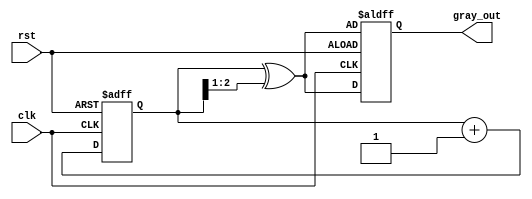
module gray_code_counter #(parameter N = 3) (
    input wire clk,
    input wire rst,
    output reg [N-1:0] gray_out
);
    
    // Binary counter register
    reg [N-1:0] binary_count;

    // Convert binary count to Gray code
    function [N-1:0] binary_to_gray(input [N-1:0] binary);
        begin
            binary_to_gray = binary ^ (binary >> 1);
        end
    endfunction

    // Always block for the Gray code counter
    always @(posedge clk or posedge rst) begin
        if (rst) begin
            binary_count <= 0; // Initialize binary count to 0 on reset
            gray_out <= binary_to_gray(binary_count); // Set Gray code to 0
        end else begin
            // Increment the binary count
            binary_count <= binary_count + 1;
            // Update Gray code output
            gray_out <= binary_to_gray(binary_count);
        end
    end

endmodule